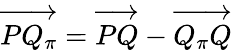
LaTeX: \overrightarrow{PQ_{\pi}}=\overrightarrow{PQ}-\overrightarrow{Q_{\pi}Q}